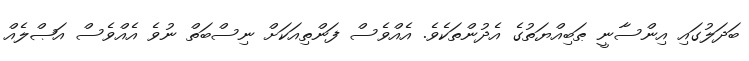
ބަދަލުގައި އިންސާނީ ޠަބިއްޔަތުގެ އެދުންތަކެވެ. އެއްވެސް ފަންތިއަކަށް ނިސްބަތް ނުވެ އެއްވެސް އަޞްލެއް